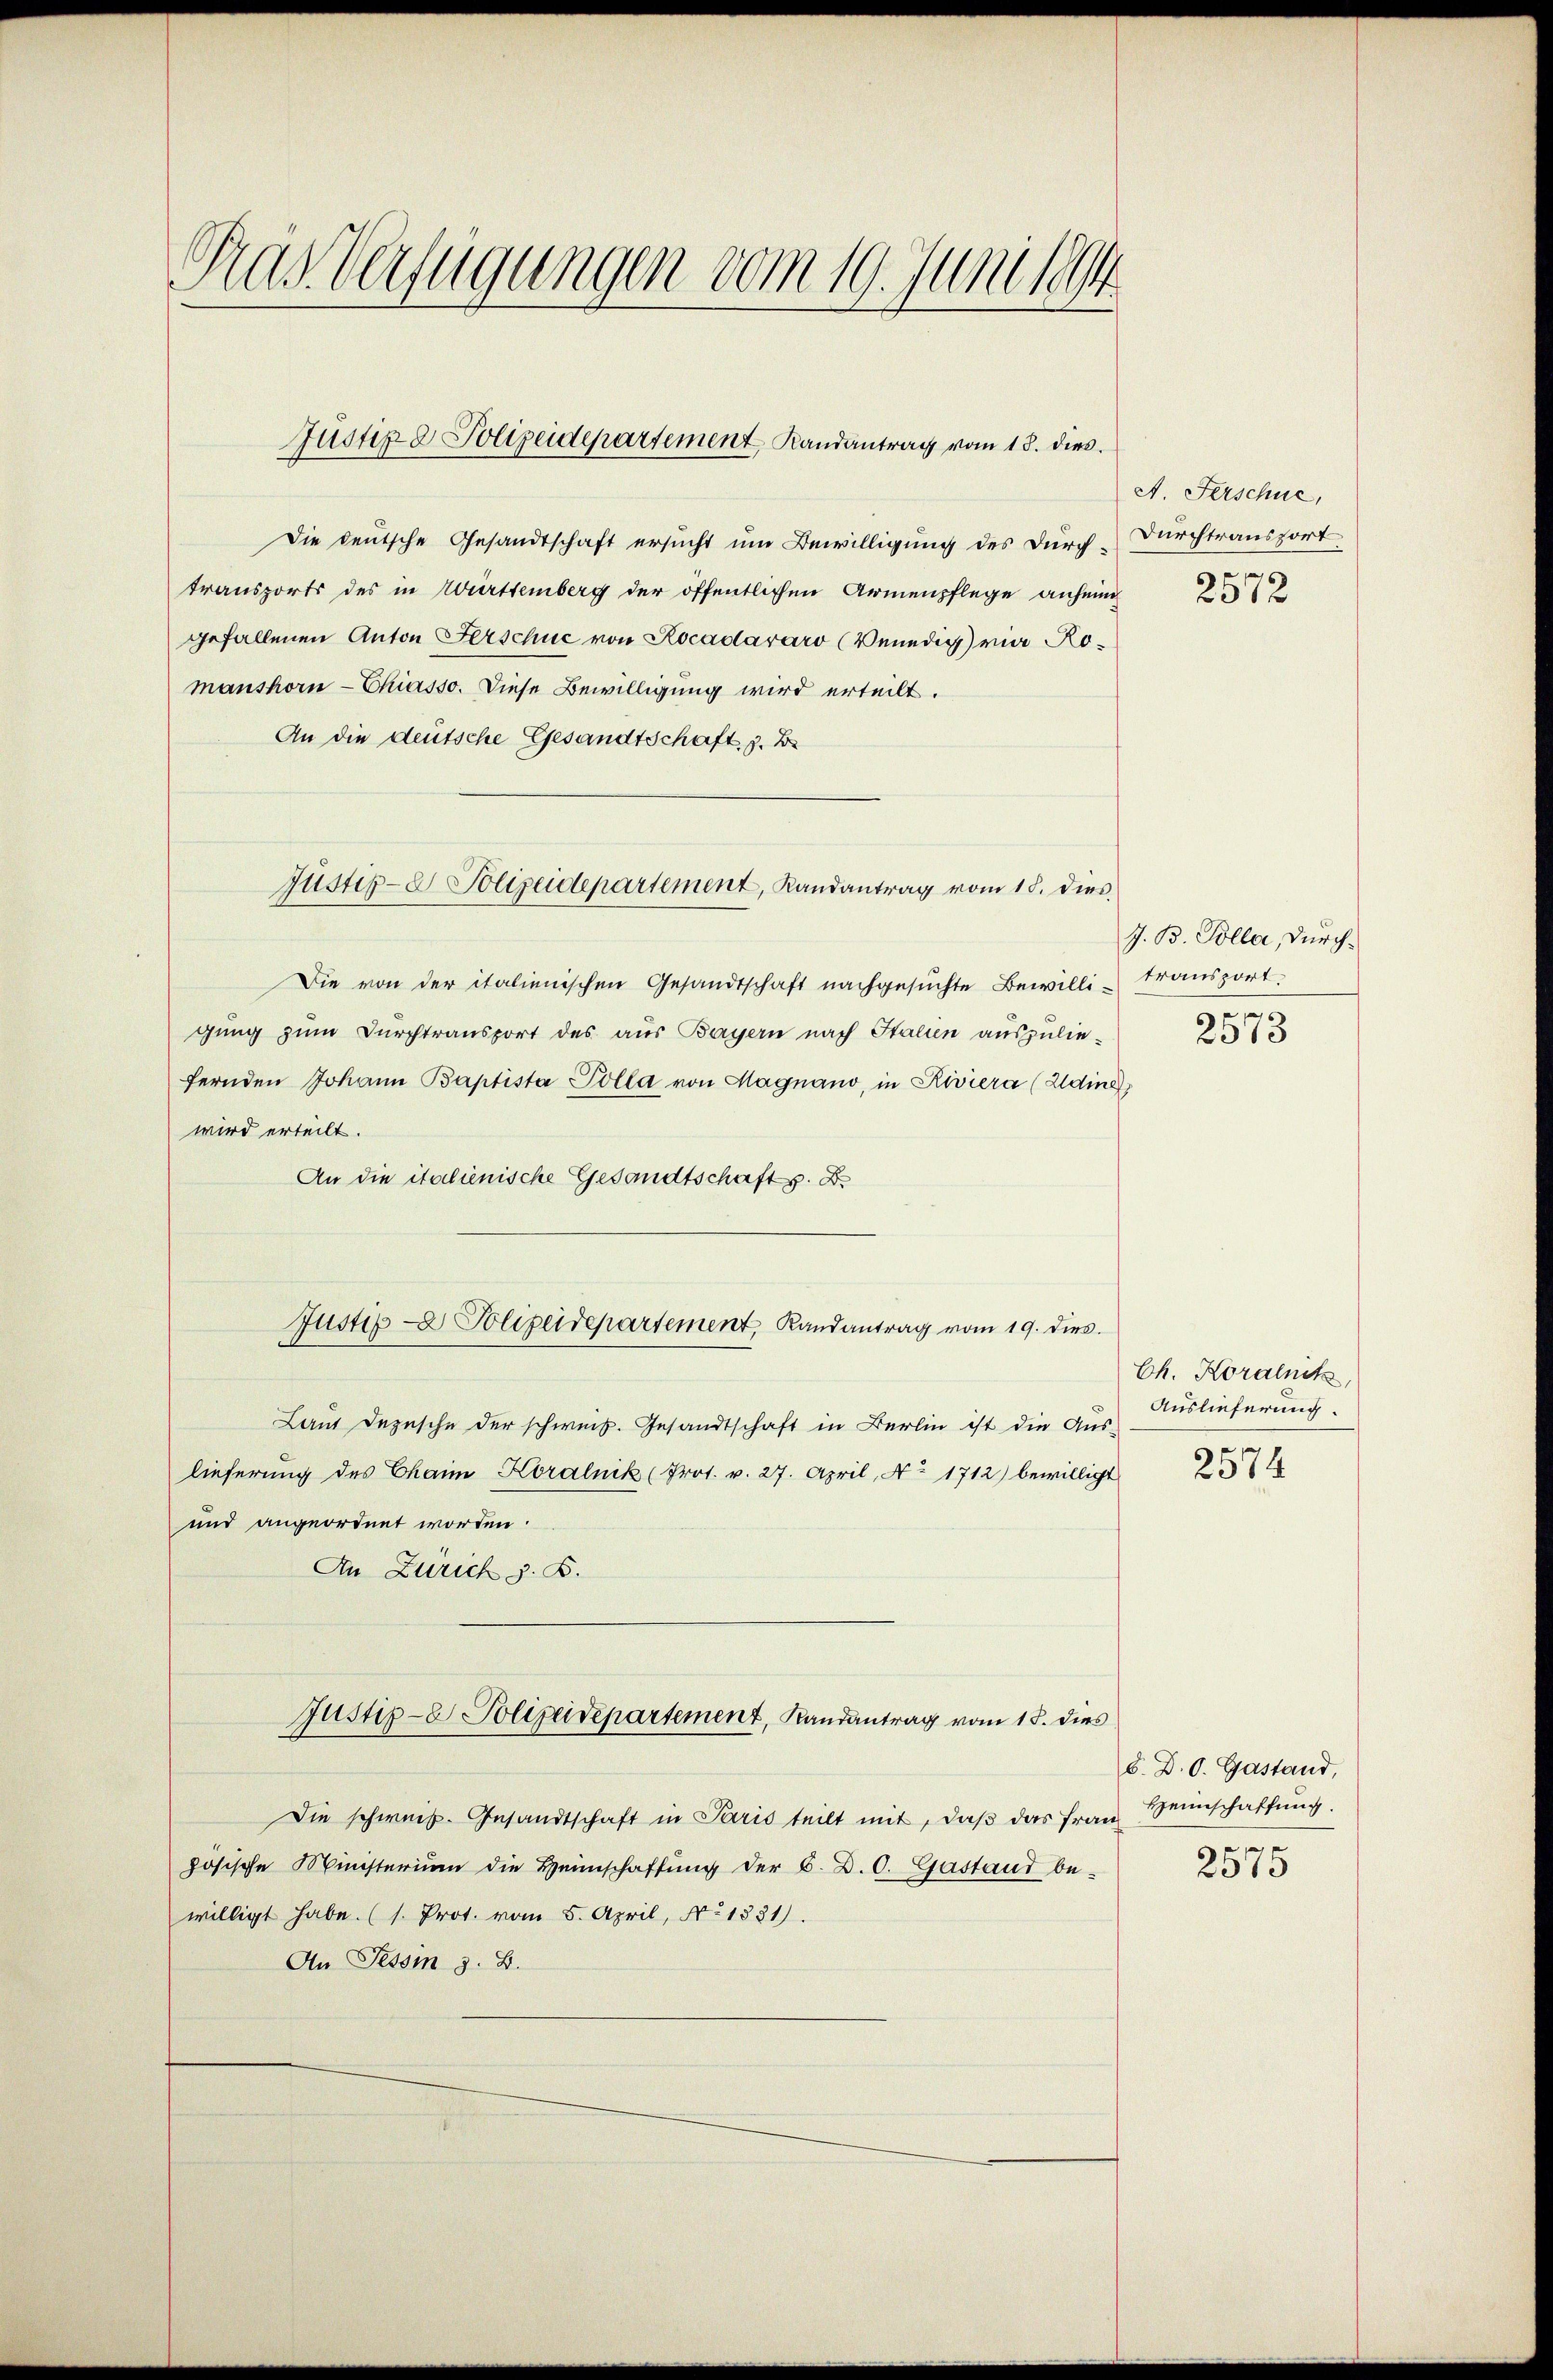
Das Verfügungen vom 19. Juni 18

Justiz & Polizeidepartement, Randantrag vom 18. dies

Die deutsche Gesandtschaft ersucht um Bewilligung des durch Durchtransport
transports des in Württemberg der öffentlichen Armenpflege anhein
gefallenen Anton Ferschuc von Rocadaráro (Venedig mir Romanshorn-Chiasso. Diese Bewilligung wird erteilt.
An die deutsche Gesandtschaft, z. B.
Die von der italienischen Gesandtschaft nachgesŭchte Bewilli transport.
gung zum Durchtransport des aus Bayern nach Italien auszulie-
fernden Johann Baptista Pölla von Magnano, in Riviera (Adine
wird erteilt.
An die italienische Gesandtschaft. D
Laut Dezusche der schweiz. Gesandtschaft in Berlin ist die Aus-
lieferung des Chaim Koralnik (Prot. v. 27. April, No 1712) bewilligt
und angeordnet worden.
An Zürich z. B.
Justiz- & Polizeidepartement, Randantrag vom 15. dies
Die schweiz. Gesandtschaft in Paris teilt mit, daβ das Frau Weinschaffung
zösische Ministerium die Heimschaffung der C. D. C. Gastand be-
willigt habe. (s. Prot. vom 5. April, No 1331).
An Tessin z. B.

Justiz- & Polizeidepartement, Randantrag vom 15. dies

Justiz- Polizeidepartement Randantrag vom 19. dies

A. Ferschue,

2572

J. B. Polla, durch¬
2573

Ch. Koralnik,
Auslieferung.

2574

b. D. O. Gastand,

2575